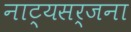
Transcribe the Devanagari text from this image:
नाट्यसर्जना